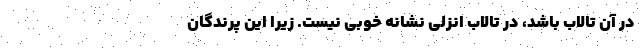
در آن تالاب باشد، در تالاب انزلی نشانه خوبی نیست. زیرا این پرندگان